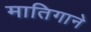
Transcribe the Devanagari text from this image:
मातिगाने